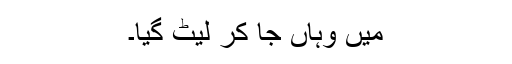
میں وہاں جا کر لیٹ گیا۔